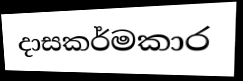
දාසකර්මකාර